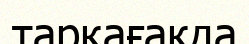
тарқағакда